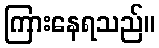
ကြားနေရသည်။